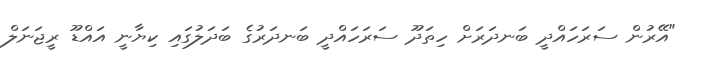
"އޭރުން ސަރަހައްދީ ބަނދަރަށް ހިތަދޫ ސަރަހައްދީ ބަނދަރުގެ ބަދަލުގައި ކިޔާނީ އައްޑޫ ރީޖަނަލް